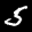
Label: 5